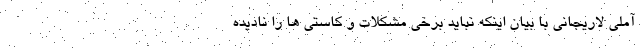
آملی لاریجانی با بیان اینکه نباید برخی مشکلات و کاستی ها را نادیده